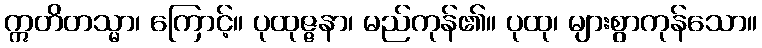
ဣတိတသ္မာ၊ ကြောင့်။ ပုထုဇ္ဇနာ၊ မည်ကုန်၏။ ပုထု၊ များစွာကုန်သော။